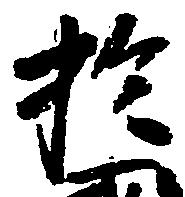
於